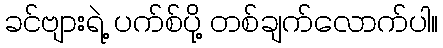
ခင်ဗျားရဲ့ ပက်စ်ပို့ တစ်ချက်လောက်ပါ။